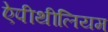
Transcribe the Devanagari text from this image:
ऐपीथीलियम